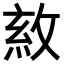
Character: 𢽺